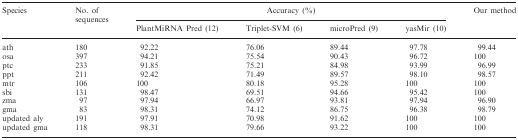
<table><thead><tr><td><b>Species</b></td><td><b>No. of sequences</b></td><td colspan="4"><b>Accuracy (%)</b></td><td><b>Our method</b></td></tr><tr><td></td><td></td><td><b>PlantMiRNA Pred (12)</b></td><td><b>Triplet-SVM (6)</b></td><td><b>microPred (9)</b></td><td><b>yasMir (10)</b></td><td></td></tr></thead><tbody><tr><td>ath</td><td>180</td><td>92.22</td><td>76.06</td><td>89.44</td><td>97.78</td><td>99.44</td></tr><tr><td>osa</td><td>397</td><td>94.21</td><td>75.54</td><td>90.43</td><td>96.72</td><td>100</td></tr><tr><td>ptc</td><td>233</td><td>91.85</td><td>75.21</td><td>84.98</td><td>93.99</td><td>96.99</td></tr><tr><td>ppt</td><td>211</td><td>92.42</td><td>71.49</td><td>89.57</td><td>98.10</td><td>98.57</td></tr><tr><td>mtr</td><td>106</td><td>100</td><td>80.18</td><td>95.28</td><td>100</td><td>100</td></tr><tr><td>sbi</td><td>131</td><td>98.47</td><td>69.51</td><td>94.66</td><td>95.42</td><td>100</td></tr><tr><td>zma</td><td>97</td><td>97.94</td><td>66.97</td><td>93.81</td><td>97.94</td><td>96.90</td></tr><tr><td>gma</td><td>83</td><td>98.31</td><td>74.12</td><td>86.75</td><td>96.38</td><td>98.79</td></tr><tr><td>updated aly</td><td>191</td><td>97.91</td><td>70.98</td><td>91.62</td><td>100</td><td>100</td></tr><tr><td>updated gma</td><td>118</td><td>98.31</td><td>79.66</td><td>93.22</td><td>100</td><td>100</td></tr></tbody></table>